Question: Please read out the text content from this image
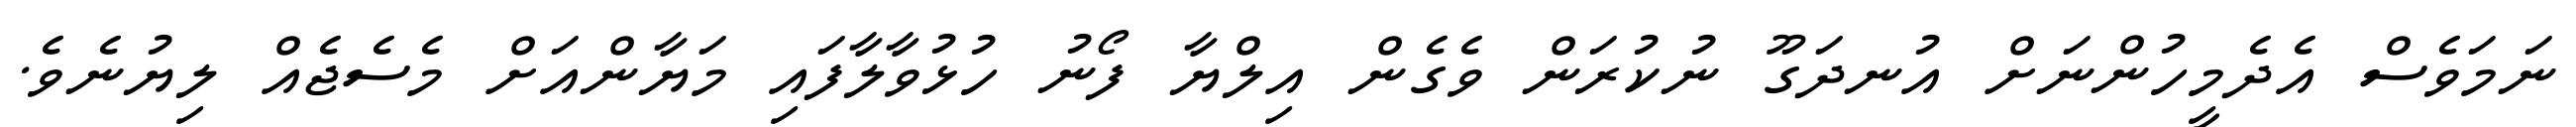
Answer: ނަމަވެސް އެދެމީހުންނަށް އުނދަގޫ ނުކުރަން ވެގެން އިލްޔާ ފޯނު ހުޅުވާލާފައި މަޔާންއަށް މެސެޖެއް ލިޔުނެވެ.